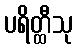
ပရိတ္ထီသု